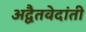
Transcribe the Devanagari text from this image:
अद्वैतवेदांती